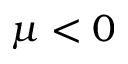
\mu < 0